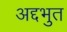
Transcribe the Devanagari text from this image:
अद्दभुत